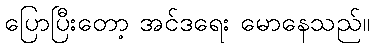
ပြောပြီးတော့ အင်ဒရေး မောနေသည်။